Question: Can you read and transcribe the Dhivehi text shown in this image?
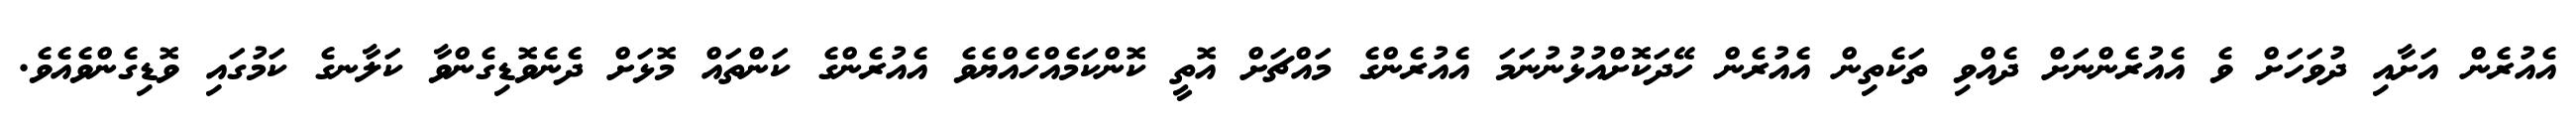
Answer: އެއުރެން އަށާއި ދުވަހަށް ވެ އެއުރެންނަށް ދެއްވި ތަކެތިން އެއުރެން ހޭދަކޮށްއުޅުނުނަމަ އެއުރެންގެ މައްޗަށް އޮތީ ކޮންކަމެއްހެއްޔެވެ އެއުރެންގެ ކަންތައް މޮޅަށް ދެނެވޮޑިގެންވާ ކަލާނގެ ކަމުގައި ވޮޑިގެންވެއެވެ.